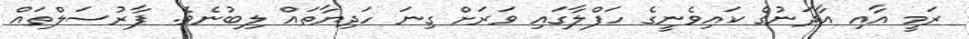
ރަމީ އާއި އާދަނުގެ ކައިވެނީގެ ހަފްލާގައި ވަރަށް ގިނަ ހަދިޔާތައް ލިބުނެވެ. ޕާރުސަލްތައް